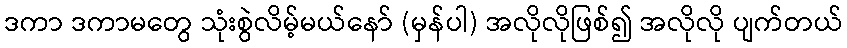
ဒကာ ဒကာမတွေ သုံးစွဲလိမ့်မယ်နော် (မှန်ပါ) အလိုလိုဖြစ်၍ အလိုလို ပျက်တယ်